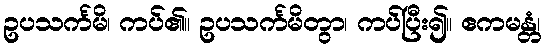
ဥပသင်္ကမိ၊ ကပ်၏။ ဥပသင်္ကမိတွာ၊ ကပ်ပြီး၍။ ဧကမန္တံ၊